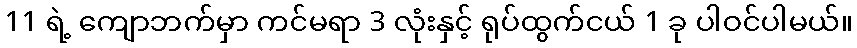
11 ရဲ့ ကျောဘက်မှာ ကင်မရာ 3 လုံးနှင့် ရုပ်ထွက်ငယ် 1 ခု ပါဝင်ပါမယ်။